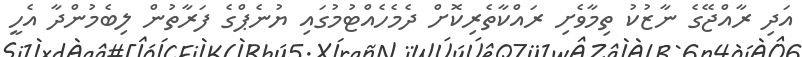
އަދި ރާއްޖޭގެ ނާޒުކު ތިމާވެށި ރައްކާތެރިކޮށް ދެމެހެއްޓުމުގައި ޔުނެޕްގެ ފަރާތުން ލިބެމުންދާ އެހީ